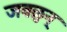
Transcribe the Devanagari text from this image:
जवळुन्